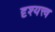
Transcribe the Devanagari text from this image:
दृश्‍यत्त्व